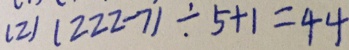
( 2 ) ( 2 2 2 - 7 ) \div 5 + 1 = 4 4